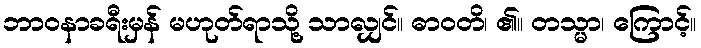
ဘာဝနာခရီးမှန် မဟုတ်ရာသို့ သာလျှင်။ ဓာဝတိ၊ ၏။ တသ္မာ၊ ကြောင့်။